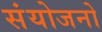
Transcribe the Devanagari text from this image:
संयोजनो